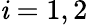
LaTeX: \mathit{i}=1,2